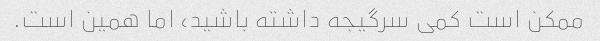
ممکن است کمی سرگیجه داشته باشید، اما همین است.